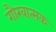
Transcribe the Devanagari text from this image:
गौरवात्मक